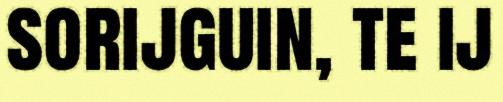
sorijguin, te ij